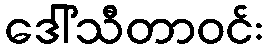
ဒေါ်သီတာဝင်း